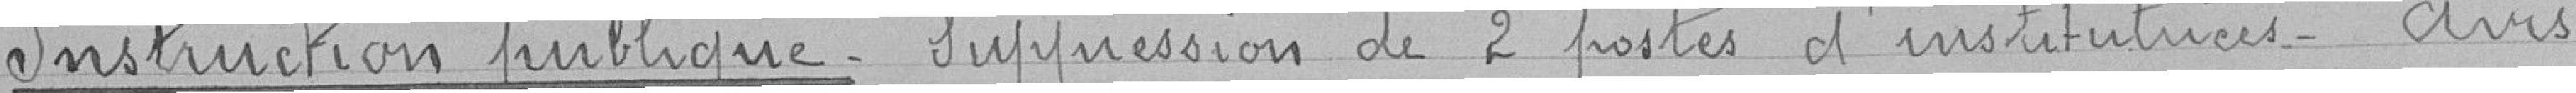
Instruction publique - Suppression de 2 postes d'institutrices - Avis